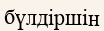
бүлдіршін